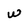
Character: W